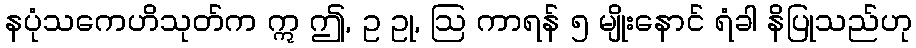
နပုံသကေဟိသုတ်က ဣ ဤ, ဥ ဥု, ဩ ကာရန် ၅ မျိုးနောင် ရံခါ နိပြုသည်ဟု